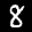
Label: 8